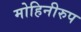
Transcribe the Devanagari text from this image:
मोहिनीरुप